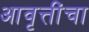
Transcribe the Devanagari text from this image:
आवृत्तींचा